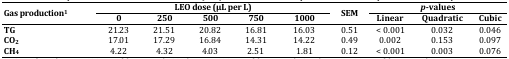
<table><thead><tr><td rowspan="2"><b>Gas production1</b></td><td colspan="5"><b>LEO dose (μL per L)</b></td><td rowspan="2"><b>SEM</b></td><td colspan="3"><b><i>p</i>-values</b></td></tr><tr><td><b>0</b></td><td><b>250</b></td><td><b>500</b></td><td><b>750</b></td><td><b>1000</b></td><td><b>Linear</b></td><td><b>Quadratic</b></td><td><b>Cubic</b></td></tr></thead><tbody><tr><td><b>TG</b></td><td>21.23</td><td>21.51 </td><td>20.82 </td><td>16.81</td><td>16.03 </td><td>0.51</td><td> &lt; 0.001</td><td>0.032</td><td>0.046</td></tr><tr><td><b>CO</b><sub>2</sub></td><td>17.01 </td><td>17.29 </td><td>16.84 </td><td>14.31</td><td>14.22</td><td>0.49</td><td>0.002</td><td>0.153</td><td>0.097</td></tr><tr><td><b>CH</b><sub>4</sub></td><td>4.22</td><td>4.32 </td><td>4.03 </td><td>2.51 </td><td>1.81</td><td>0.12</td><td> &lt; 0.001</td><td>0.003</td><td>0.076</td></tr></tbody></table>